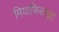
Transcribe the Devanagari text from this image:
मियाफिसाइट